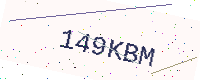
Text: 149KBM